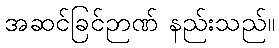
အဆင်ခြင်ဉာဏ် နည်းသည်။